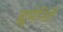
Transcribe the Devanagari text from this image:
ह्युमेनिटी